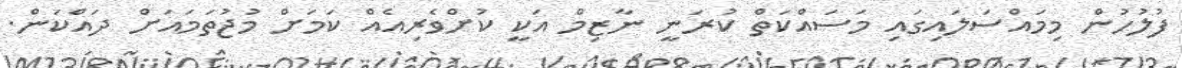
ފުލުހުން މިމައްސަަލައިގައި މަސައްކަތް ކުރަނީ ނާޒިމް އަކީ ކުށްވެރިއެއް ކަމަށް މުޖުތަމައަށް ދައްކަން.